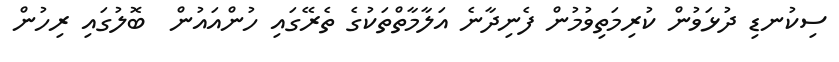
ސިކުނޑި ދުޅަވުން ކުރިމަތިވުމުން ފެނިދާނެ އަލާމާތްތަކުގެ ތެރޭގައި ހުންއައުން  ބޮލުގައި ރިހުން